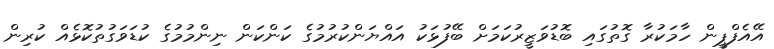
އޭއެފްޕީން ހާމަކުރާ ގޮތުގައި ބޮޑުވަޒީރުކަމަށް ބޭފުޅަކު އައްޔަންކުރުމުގެ ކަންކަން ނިންމުމުގެ ކުޑަވަގުތުކޮޅެއް ކުރިން